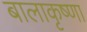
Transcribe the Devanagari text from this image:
बालाकृष्णा